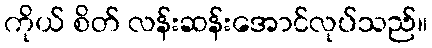
ကိုယ် စိတ် လန်းဆန်းအောင်လုပ်သည်။